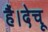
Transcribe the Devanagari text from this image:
हैं।देचू